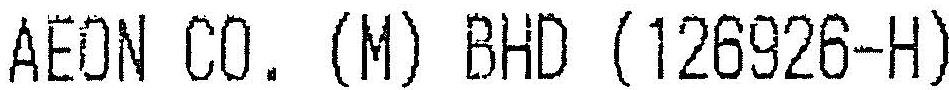
AEON CO. (M) BHD (126926-H)